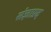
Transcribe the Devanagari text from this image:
संज्ञाप्रद